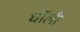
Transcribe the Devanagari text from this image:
धोंली